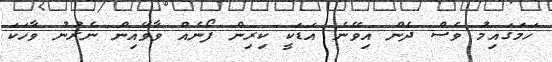
ހަމަގައިމު ވެސް ދެން އިވޭނެ އަޑަކީ ކިރިން ފޯނެއް ވާވޭއިން ނެރުނު ވާހަކަ